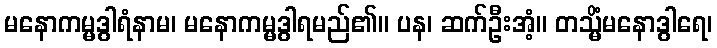
မနောကမ္မဒွါရံနာမ၊ မနောကမ္မဒွါရမည်၏။ ပန၊ ဆက်ဦးအံ့။ တသ္မိံမနောဒွါရေ၊